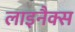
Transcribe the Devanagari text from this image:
लाइनैक्स